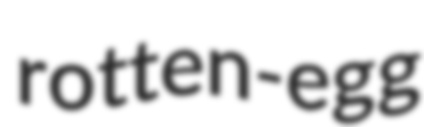
rotten-egg